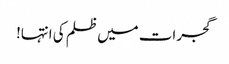
گجرات میں ظلم کی انتہا!